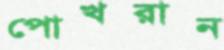
পোখরান